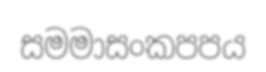
සමමාසංකපපය